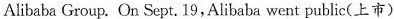
Alibaba Group. On Sept. 19,Alibaba went public(上市)